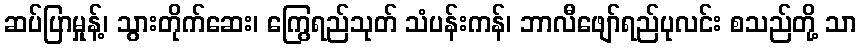
ဆပ်ပြာမှုန့်၊ သွားတိုက်ဆေး၊ ကြွေရည်သုတ် သံပန်းကန်၊ ဘာလီဖျော်ရည်ပုလင်း စသည်တို့ သာ